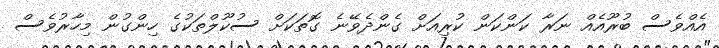
އެއްވެސް ބުރޫއެއް ނަރާ ކަންކަން ކުރިއަށް ގެންދެވޭނެ ގޮތަކަށް ސުކޫލްތަކުގެ ހިންގުން މިހާރުވެސް